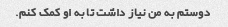
دوستم به من نیاز داشت تا به او کمک کنم.